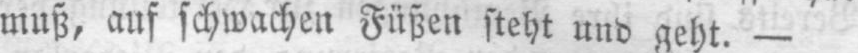
muß, auf schwachen Füßen steht und geht. -